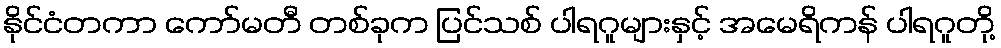
နိုင်ငံတကာ ကော်မတီ တစ်ခုက ပြင်သစ် ပါရဂူများနှင့် အမေရိကန် ပါရဂူတို့